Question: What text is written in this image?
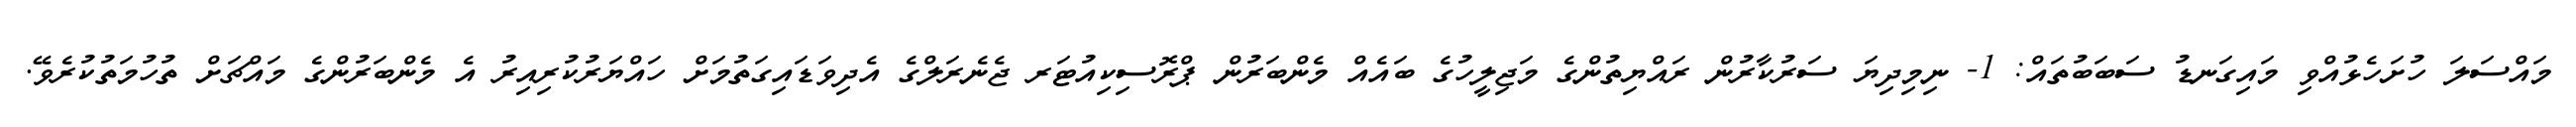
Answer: މައްސަލަ ހުށަހެޅުއްވި މައިގަނޑު ސަބަބުތައް: 1- ނިމިދިޔަ ސަރުކާރުން ރައްޔިތުންގެ މަޖިލީހުގެ ބައެއް މެންބަރުން ޕްރޮސިކިއުޓަރ ޖެނެރަލްގެ އެދިވަޑައިގަތުމަށް ހައްޔަރުކުރިއިރު އެ މެންބަރުންގެ މައްޗަށް ތުހުމަތުކުރެވޭ.